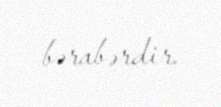
bərabərdir.